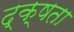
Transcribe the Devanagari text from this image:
द्क्षता